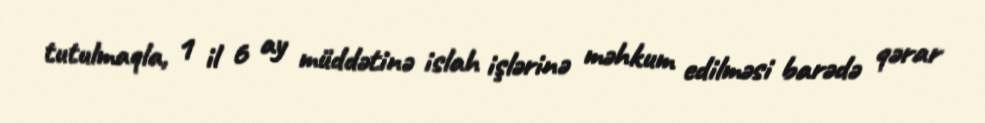
tutulmaqla, 1 il 6 ay müddətinə islah işlərinə məhkum edilməsi barədə qərar